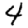
Digit: 4